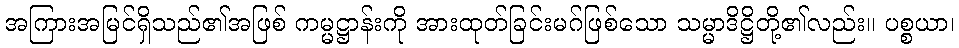
အကြားအမြင်ရှိသည်၏အဖြစ် ကမ္မဋ္ဌာန်းကို အားထုတ်ခြင်းမဂ်ဖြစ်သော သမ္မာဒိဋ္ဌိတို့၏လည်း။ ပစ္စယာ၊